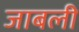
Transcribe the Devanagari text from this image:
जाबली